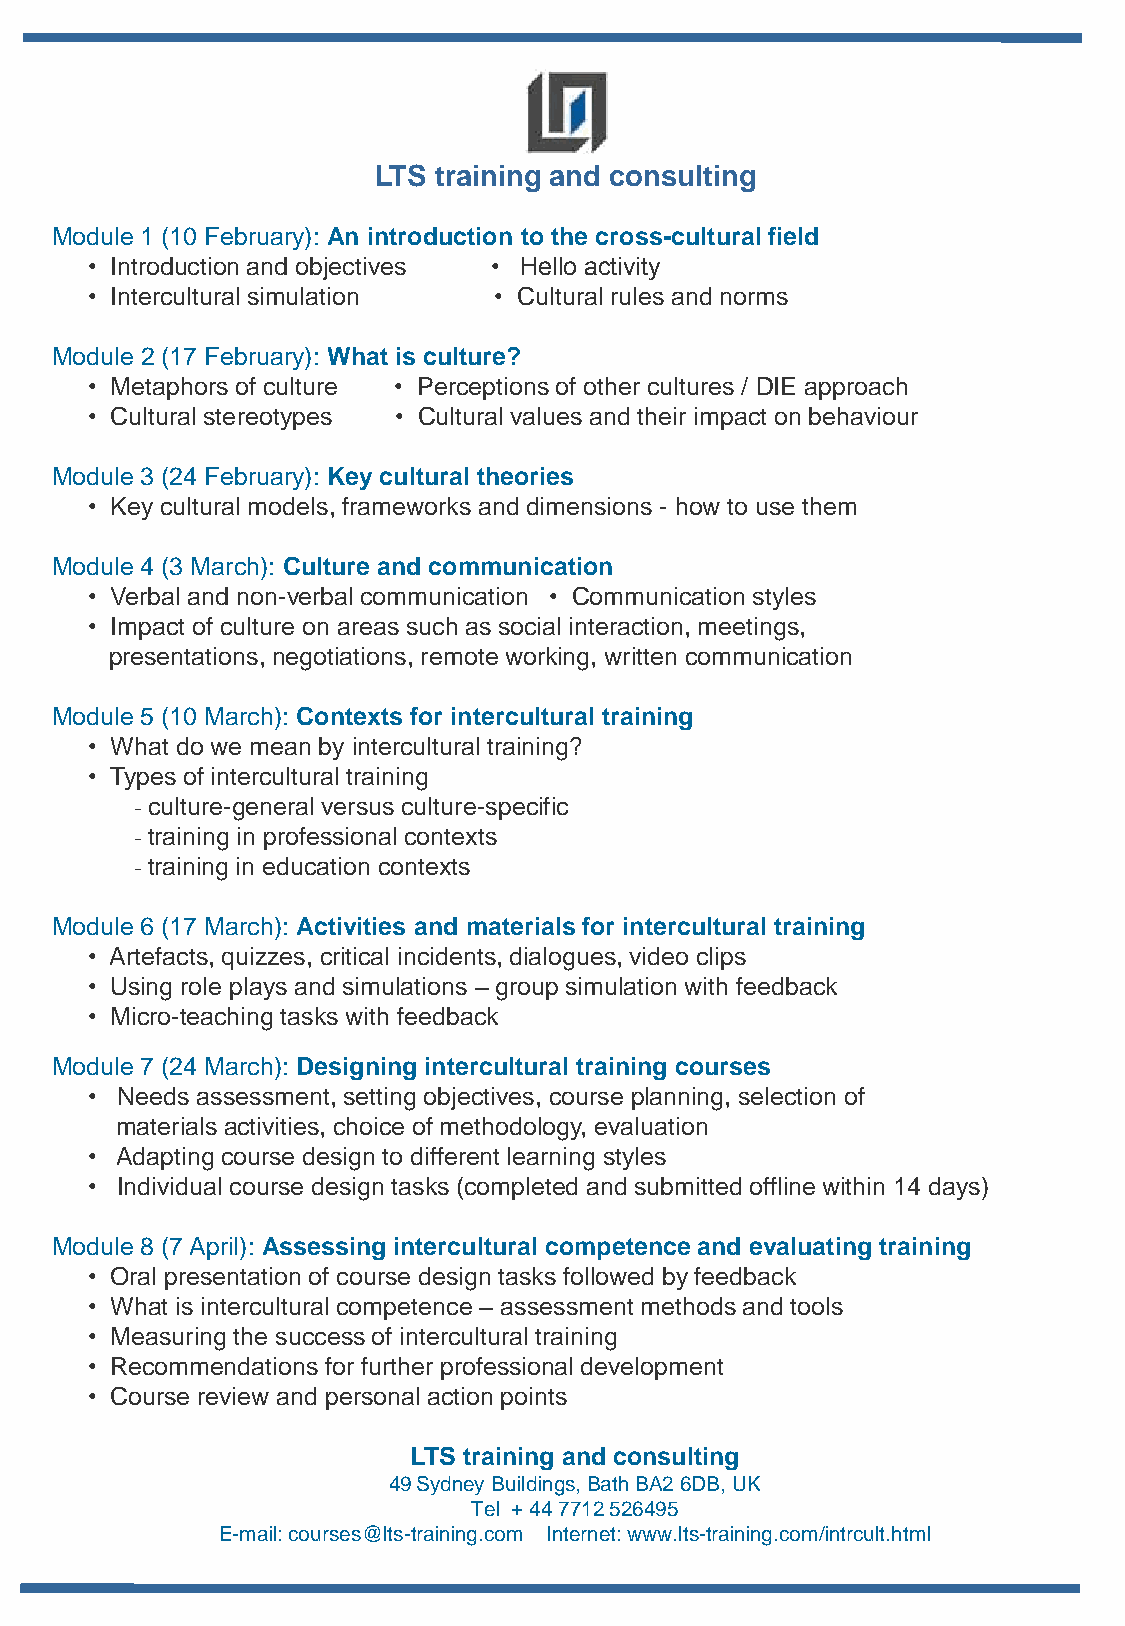
LTS training and consulting
 Module 1 (10 February): An introduction to the cross-cultural field
 • Introduction and objectives • Hello activity
 • Intercultural simulation • Cultural rules and norms
 Module 2 (17 February): What is culture?
 • Metaphors of culture • Perceptions of other cultures / DIE approach
 • Cultural stereotypes • Cultural values and their impact on behaviour
 Module 3 (24 February): Key cultural theories
 • Key cultural models, frameworks and dimensions - how to use them
 Module 4 (3 March): Culture and communication
 • Verbal and non-verbal communication • Communication styles
 • Impact of culture on areas such as social interaction, meetings,
 presentations, negotiations, remote working, written communication
 Module 5 (10 March): Contexts for intercultural training
 • What do we mean by intercultural training?
 • Types of intercultural training
 -culture-general versus culture-specific
 -training in professional contexts
 -training in education contexts
 Module 6 (17 March): Activities and materials for intercultural training
 • Artefacts, quizzes, critical incidents, dialogues, video clips
 • Using role plays and simulations – group simulation with feedback
 • Micro-teaching tasks with feedback
 Module 7 (24 March): Designing intercultural training courses
 • Needs assessment, setting objectives, course planning, selection of
 materials activities, choice of methodology, evaluation
 • Adapting course design to different learning styles
 • Individual course design tasks (completed and submitted offline within 14 days)
 Module 8 (7 April): Assessing intercultural competence and evaluating training
 • Oral presentation of course design tasks followed by feedback
 • What is intercultural competence – assessment methods and tools
 • Measuring the success of intercultural training
 • Recommendations for further professional development
 • Course review and personal action points
 LTS training and consulting
 49 Sydney Buildings, Bath BA2 6DB, UK
 Tel + 44 7712 526495
 E-mail: courses@lts-training.com Internet: www.lts-training.com/intrcult.html